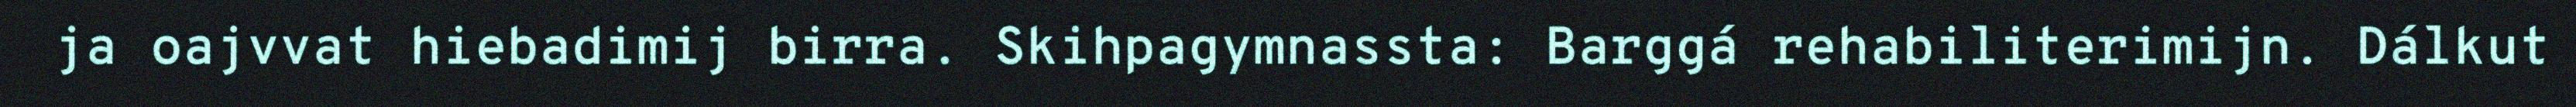
ja oajvvat hiebadimij birra. Skihpagymnassta: Barggá rehabiliterimijn. Dálkut